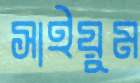
সাইয়ুম